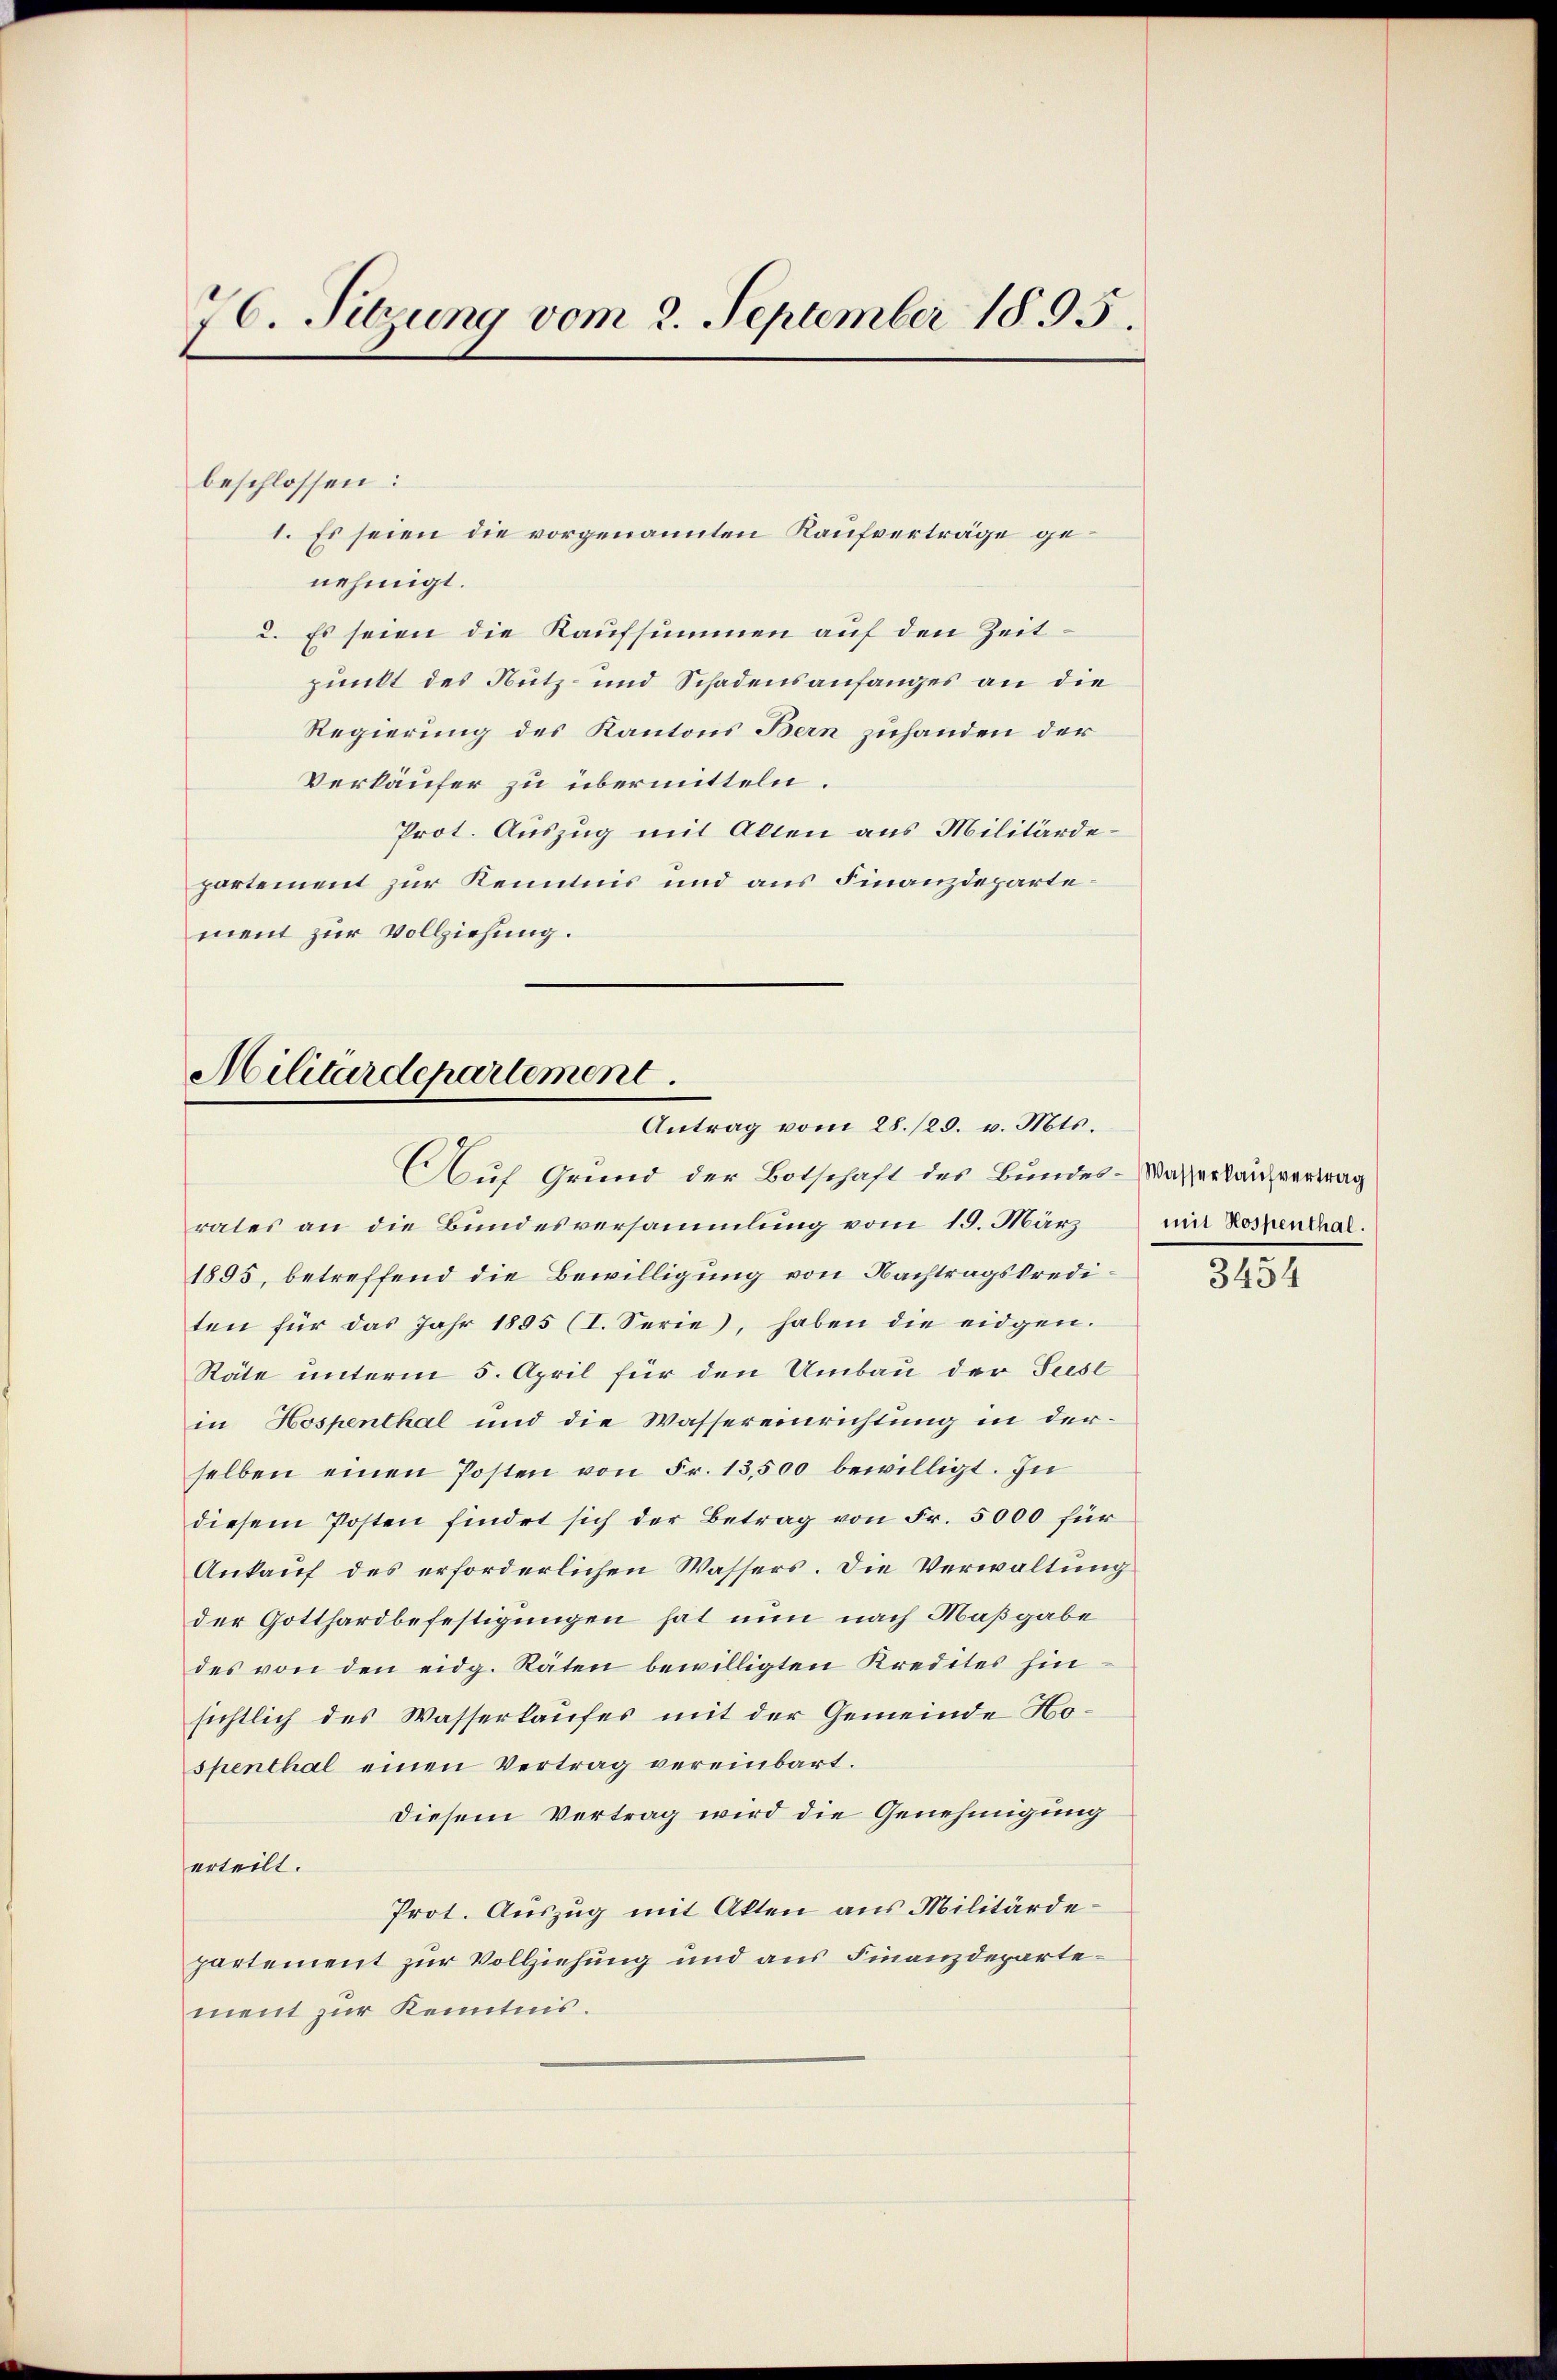
76. Sitzung vom 2. September 1895.

beschlossen:
nehmigt.
2. Es seien die Kaufsummen auf den Zeitpunkt des Nutz- und Schadensanfanges an die
Regierung des Kantons Bern zuhanden der
Verkäufer zu übermitteln.
Prot. Auszug mit Akten aus Militärdepartement zur Kenntnis und aus Finanzdepartement zur Vollziehung.

1. Es seien die vorgenannten Kaufverträge ge¬

Militärdepartement
Antrag vom 28./29. v. Mts.

Auf Grund der Botschaft des Bundes-Wasserkaufvertrag
rates an die Bundesversammlung vom 19. März
1895, betreffend die Bewilligung von Nachtragskrediten für das Jahr 1895 (I. Serie, haben die eidgen.
Räte unterm 5. April für den Umbau der Sust
in Hospenthal und die Wassereinrichtung in derselben einen Posten von Fr. 13,500 bewilligt. Zu
diesem Posten findet sich der Betrag von Fr. 5000 für
Ankauf des erforderlichen Wassers. Die Verwaltung
der Gotthardbefestigungen hat nun nach Maßgabe
des von den eidg. Räten bewilligten Kredites hin-
sichtlich des Wasserkaufes mit der Gemeinde Hospenthal einen Vertrag vereinbart.
diesem Vertrag wird die Genehmigung
erteilt.
Prot. Auszug mit Akten aus Militärdepartement zur Vollziehung und aus Finanzdepartement zur Kenntnis.

mit Hospenthal.

3454